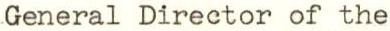
General Director of the